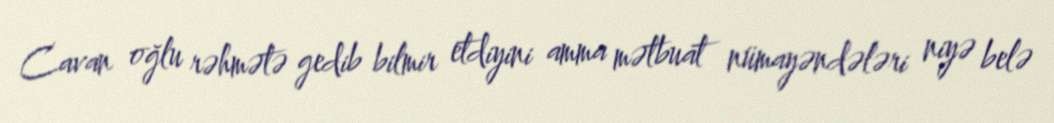
Cavan oğlu rəhmətə gedib bilmir etdiyini amma mətbuat nümayəndələri niyə belə